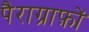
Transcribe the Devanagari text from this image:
पैराग्राफ़ों